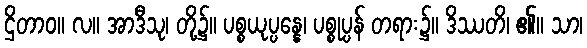
ဌိတာဝ။ လ။ အာဒီသု၊ တို့၌။ ပစ္စယုပ္ပန္နေ၊ ပစ္စုပ္ပန် တရား၌။ ဒိဿတိ၊ ၏။ သာ၊